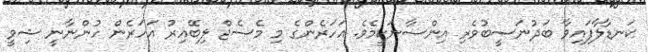
ކަނޑާލާފައިވާ ބަދުނަސީބުވެރި އިންސާނަކީމެވެ. އަހަރެންގެ މި މެސެޖް ލިބޭއިރު އަހަރެން ހުންނާނީ ޝިވީ